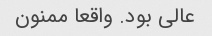
عالی بود. واقعا ممنون